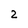
Character: 2